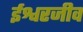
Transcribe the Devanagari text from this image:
ईश्वरजीव